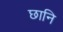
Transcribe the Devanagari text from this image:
छानि